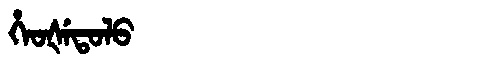
Manchu: ᡥᡝᠣᡧᡝᡨᠣᠯᠣ
Romanization: HEOŠETOLO